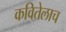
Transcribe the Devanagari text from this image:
कवितेलाच